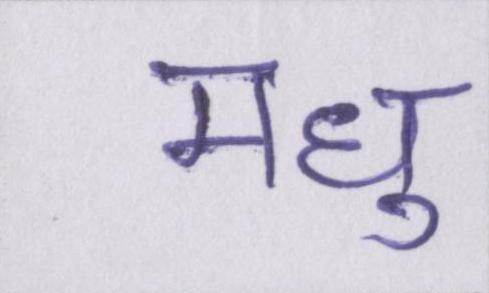
मधु